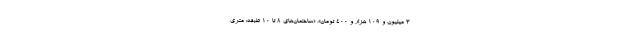
۳ میلیون و ۱۰۹ هزار و ۴۰۰ تومان»، «ساختمان‌های ۸ تا ۱۰ طبقه: متری